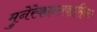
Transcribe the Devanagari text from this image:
मुनेरेकान्तवासिनः